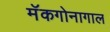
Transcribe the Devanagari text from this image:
मॅकगोनागाल